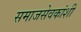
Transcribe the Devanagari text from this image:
समाजसेवकांशी